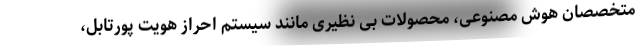
متخصصان هوش مصنوعی، محصولات بی نظیری مانند سیستم احراز هویت پورتابل،